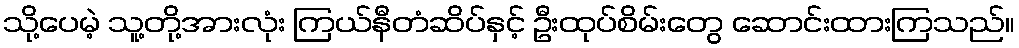
သို့ပေမဲ့ သူ့တို့အားလုံး ကြယ်နီတံဆိပ်နှင့် ဦးထုပ်စိမ်းတွေ ဆောင်းထားကြသည်။